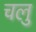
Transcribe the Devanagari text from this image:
चलु